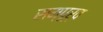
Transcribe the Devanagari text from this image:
सम्पूर्व